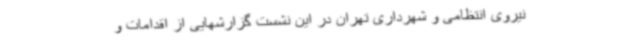
نیروی انتظامی و شهرداری تهران در این نشست گزارشهایی از اقدامات و